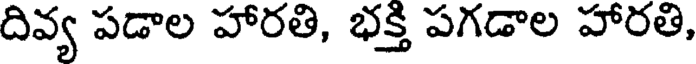
దివ్య పడాల హారతి, భక్తి పగడాల హారతి,